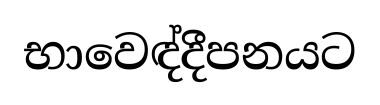
භාවෙඳ්දීපනයට